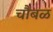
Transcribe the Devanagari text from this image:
चौबळ